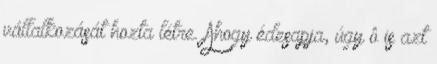
vállalkozását hozta létre. Ahogy édesapja, úgy ô is azt